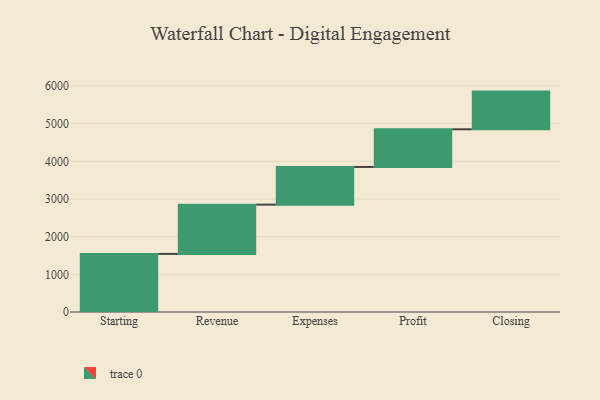
{"axis": {"x": "Step", "y": "Value"}, "legend": [""], "data": [{"x": "Starting", "y": 1542.0, "type": ""}, {"x": "Revenue", "y": 1308.0, "type": ""}, {"x": "Expenses", "y": 1000, "type": ""}, {"x": "Profit", "y": 1000, "type": ""}, {"x": "Closing", "y": 1000, "type": ""}]}